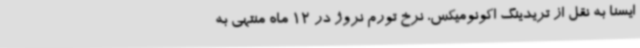
ایسنا به نقل از تریدینگ اکونومیکس، نرخ تورم نروژ در 12 ماه منتهی به